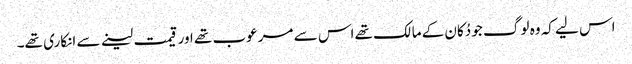
اس لیے کہ وہ لوگ جو دُکان کے مالک تھے اس سے مرعوب تھے اور قیمت لینے سے انکاری تھے۔